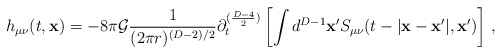
\begin{align*}h_{\mu\nu}(t,{\bf x})= -8 \pi {\cal G} \frac{1}{(2\pi r)^{(D-2)/2}}\partial_{t}^{(\frac{D-4}{2})}\left[ \int d^{D-1}{\bf x'} S_{\mu \nu}(t-|{\bf x-x'}|,{\bf x'})\right]\,,\end{align*}